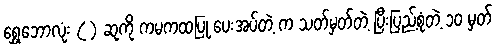
ရွှေဘောလုံး ( ) ဆုကို ကမကထပြု ပေးအပ်တဲ့ က သတ်မှတ်တဲ့ ပြီးပြည့်စုံတဲ့ ၁၀ မှတ်